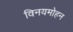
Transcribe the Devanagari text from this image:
विनयमोहन